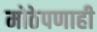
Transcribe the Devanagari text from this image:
मोठेपणाही